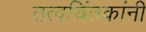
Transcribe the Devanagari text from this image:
तत्वचिंतकांनी